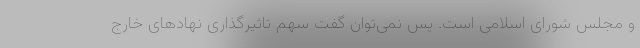
و مجلس شورای اسلامی است. پس نمی‌توان گفت سهم تاثیرگذاری نهادهای خارج